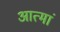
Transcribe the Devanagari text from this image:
आत्मां